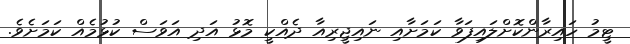
ޓީމު ހައިރާންކޮށްލައިފަވާ ކަމަށާއި ނައިޖީރިއާ ދެއްކީ މޮޅު އަދި އަވަސް ކުޅުމެއް ކަމަށެވެ.